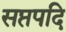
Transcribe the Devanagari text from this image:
सप्तपदि